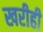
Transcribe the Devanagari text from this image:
खरीही